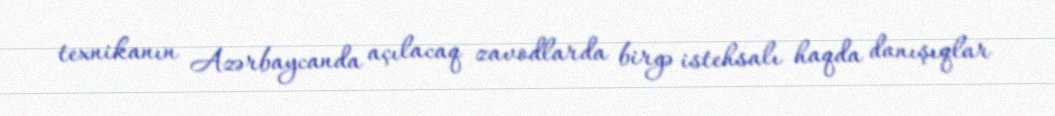
texnikanın Azərbaycanda açılacaq zavodlarda birgə istehsalı haqda danışıqlar